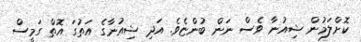
ކޮށްލަމުން ޝިއުނާ ވެސް ނަން ބުންޏެވެ. އަދި ޝިއުނާގެ އަތުގަ އޮތް ގަމީސް